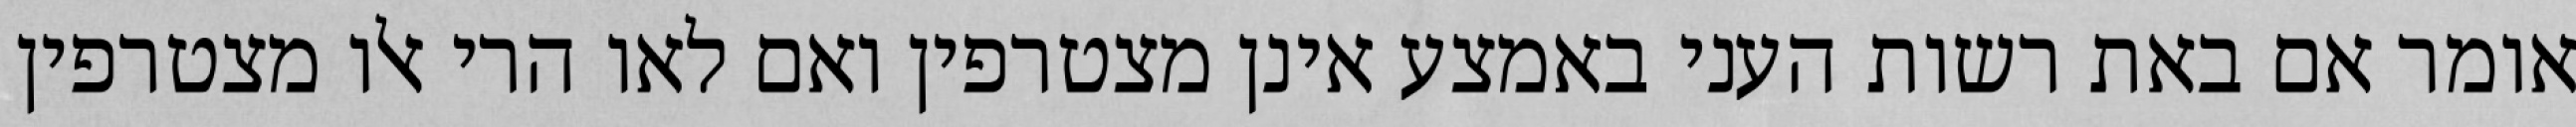
אומר אם באת רשות העני באמצע אינן מצטרפין ואם לאו הרי אלו מצטרפין